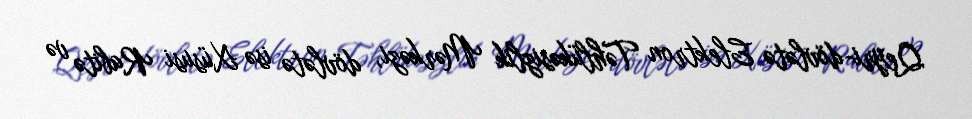
Qeyri-dövlətə Elektron Təhlükəsizlik Mərkəzi, dövlətə isə Xüsusi Rabitə və